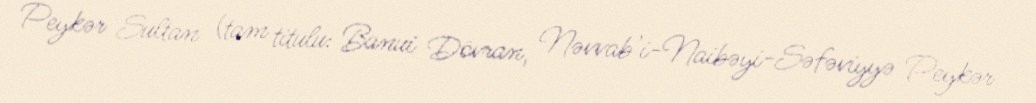
Peykər Sultan (tam titulu: Banui Dövran, Nəvvab'i-Naibəyi-Səfəviyyə Peykər